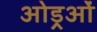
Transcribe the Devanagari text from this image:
ओड्रओं